Source: Handwritten
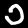
Digit: ၁ (1)